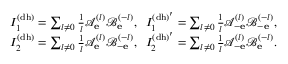
\begin{array} { r } { I _ { 1 } ^ { \mathrm { ( d h ) } } = \sum _ { l \neq 0 } \frac { 1 } { l } \mathcal { A } _ { \bf e } ^ { ( l ) } \mathcal { B } _ { \bf e } ^ { ( - l ) } , \; \; I _ { 1 } ^ { \mathrm { ( d h ) ^ { \prime } } } = \sum _ { l \neq 0 } \frac { 1 } { l } \mathcal { A } _ { - \bf e } ^ { ( l ) } \mathcal { B } _ { - \bf e } ^ { ( - l ) } , } \\ { I _ { 2 } ^ { \mathrm { ( d h ) } } = \sum _ { l \neq 0 } \frac { 1 } { l } \mathcal { A } _ { \bf e } ^ { ( l ) } \mathcal { B } _ { - \bf e } ^ { ( - l ) } , \; \; I _ { 2 } ^ { \mathrm { ( d h ) ^ { \prime } } } = \sum _ { l \neq 0 } \frac { 1 } { l } \mathcal { A } _ { - \bf e } ^ { ( l ) } \mathcal { B } _ { \bf e } ^ { ( - l ) } . } \end{array}